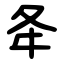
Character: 夅